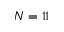
N = 1 1